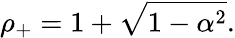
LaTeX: \rho_{+}=1+\sqrt{1-\alpha^{2}}.